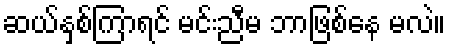
ဆယ်နှစ်ကြာရင် မင်းညီမ ဘာဖြစ်နေ မလဲ။